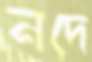
নদে